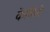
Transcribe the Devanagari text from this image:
केमिशे